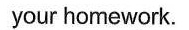
your homework.